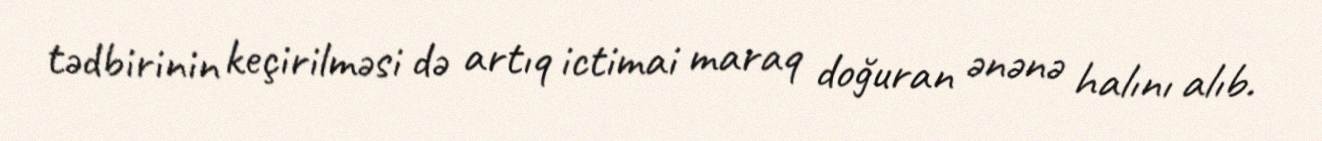
tədbirinin keçirilməsi də artıq ictimai maraq doğuran ənənə halını alıb.